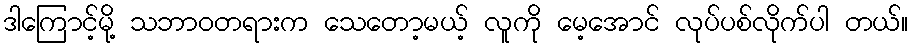
ဒါကြောင့်မို့ သဘာဝတရားက သေတော့မယ့် လူကို မေ့အောင် လုပ်ပစ်လိုက်ပါ တယ်။